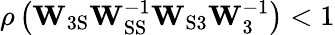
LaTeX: \rho\left(\mathbf{W}_{\mathrm{3S}}\mathbf{W}_{\mathrm{SS}}^{-1}\mathbf{W}_{\mathrm{S3}}\mathbf{W}_{\mathrm{3}}^{-1}\right)<1